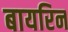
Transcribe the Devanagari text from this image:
बायरिन